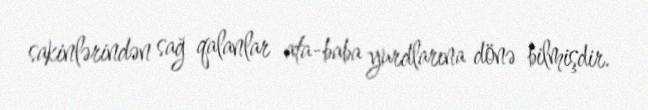
sakinlərindən sağ qalanlar ata-baba yurdlarına dönə bilmişdir.